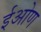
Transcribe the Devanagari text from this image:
ईओण